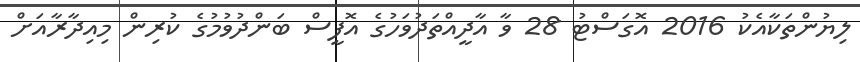
ލިޔުންތަކާއެކު 2016 އޮގަސްޓު 28 ވާ އާދީއްތަދުވަހުގެ އޮފީސް ބަންދުވުމުގެ ކުރިން މިއިދާރާއަށް